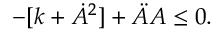
- [ k + \dot { A } ^ { 2 } ] + \ddot { A } A \leq 0 .